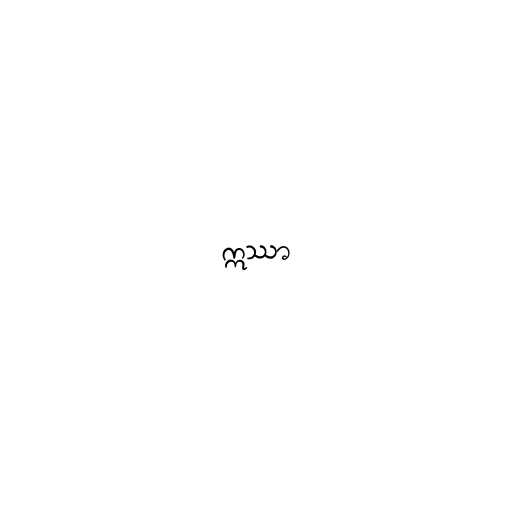
ဣဿာ